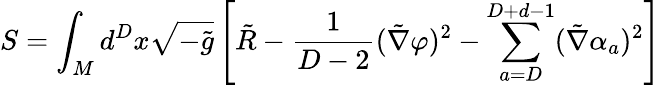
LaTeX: S=\int_{M}d^{D}x\sqrt{-\tilde{g}}\left[\tilde{R}-{\frac{1}{D-2}}(\tilde{\nabla}\varphi)^{2}-\sum_{a=D}^{D+d-1}(\tilde{\nabla}\alpha_{a})^{2}\right]